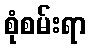
စုံစမ်းရာ